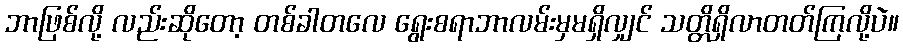
ဘာဖြစ်လို့ လည်းဆိုတော့ တစ်ခါတလေ ရွေးစရာဘာလမ်းမှမရှိလျှင် သတ္တိရှိလာတတ်ကြလို့ပဲ။